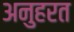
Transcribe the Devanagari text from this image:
अनुहरत